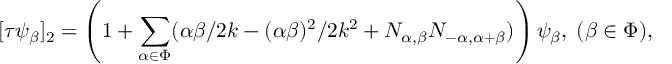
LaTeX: [ \tau \psi _ { \beta } ] _ { 2 } = \left( 1 + \sum _ { \alpha \in \Phi } ( \alpha \beta / 2 k - ( \alpha \beta ) ^ { 2 } / 2 k ^ { 2 } + N _ { \alpha , \beta } N _ { - \alpha , \alpha + \beta } ) \right) \psi _ { \beta } , \; ( \beta \in \Phi ) ,